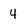
Character: 4